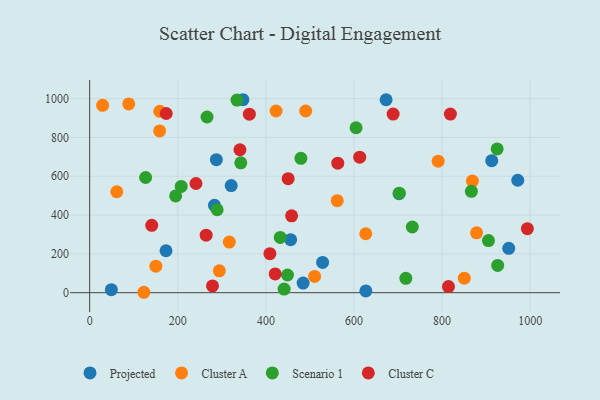
{"axis": {"x": "Experience", "y": "Profit"}, "legend": ["Cluster A", "Cluster C", "Projected", "Scenario 1"], "data": [{"x": "528.8", "y": 156.2, "type": "Projected"}, {"x": "347.8", "y": 994.4, "type": "Projected"}, {"x": "321.3", "y": 551.9, "type": "Projected"}, {"x": "672.9", "y": 994.2, "type": "Projected"}, {"x": "626.9", "y": 8.9, "type": "Projected"}, {"x": "456.1", "y": 273.4, "type": "Projected"}, {"x": "912.7", "y": 680.3, "type": "Projected"}, {"x": "287.6", "y": 685.3, "type": "Projected"}, {"x": "173.3", "y": 216.3, "type": "Projected"}, {"x": "971.8", "y": 579.4, "type": "Projected"}, {"x": "49.2", "y": 15.5, "type": "Projected"}, {"x": "702.3", "y": 510.2, "type": "Projected"}, {"x": "484.5", "y": 49.8, "type": "Projected"}, {"x": "283.2", "y": 450.4, "type": "Projected"}, {"x": "951.3", "y": 228.8, "type": "Projected"}, {"x": "490.4", "y": 936.3, "type": "Cluster A"}, {"x": "123.0", "y": 2.2, "type": "Cluster A"}, {"x": "626.7", "y": 303.8, "type": "Cluster A"}, {"x": "510.6", "y": 84.1, "type": "Cluster A"}, {"x": "61.5", "y": 520.2, "type": "Cluster A"}, {"x": "878.3", "y": 308.4, "type": "Cluster A"}, {"x": "159.1", "y": 934.4, "type": "Cluster A"}, {"x": "29.4", "y": 965.4, "type": "Cluster A"}, {"x": "88.7", "y": 972.6, "type": "Cluster A"}, {"x": "868.8", "y": 575.1, "type": "Cluster A"}, {"x": "791.1", "y": 677.8, "type": "Cluster A"}, {"x": "317.0", "y": 261.0, "type": "Cluster A"}, {"x": "562.0", "y": 474.1, "type": "Cluster A"}, {"x": "294.3", "y": 112.7, "type": "Cluster A"}, {"x": "158.8", "y": 833.6, "type": "Cluster A"}, {"x": "423.1", "y": 936.3, "type": "Cluster A"}, {"x": "850.4", "y": 74.6, "type": "Cluster A"}, {"x": "150.3", "y": 136.7, "type": "Cluster A"}, {"x": "195.1", "y": 498.5, "type": "Scenario 1"}, {"x": "866.5", "y": 522.3, "type": "Scenario 1"}, {"x": "732.4", "y": 338.6, "type": "Scenario 1"}, {"x": "925.0", "y": 741.0, "type": "Scenario 1"}, {"x": "717.7", "y": 74.3, "type": "Scenario 1"}, {"x": "432.6", "y": 284.8, "type": "Scenario 1"}, {"x": "334.4", "y": 992.5, "type": "Scenario 1"}, {"x": "604.7", "y": 850.1, "type": "Scenario 1"}, {"x": "441.4", "y": 18.6, "type": "Scenario 1"}, {"x": "926.2", "y": 140.7, "type": "Scenario 1"}, {"x": "127.0", "y": 593.6, "type": "Scenario 1"}, {"x": "702.9", "y": 513.1, "type": "Scenario 1"}, {"x": "343.0", "y": 669.1, "type": "Scenario 1"}, {"x": "905.3", "y": 268.7, "type": "Scenario 1"}, {"x": "266.4", "y": 905.5, "type": "Scenario 1"}, {"x": "207.8", "y": 547.4, "type": "Scenario 1"}, {"x": "479.5", "y": 692.2, "type": "Scenario 1"}, {"x": "289.4", "y": 427.4, "type": "Scenario 1"}, {"x": "449.1", "y": 91.1, "type": "Scenario 1"}, {"x": "613.0", "y": 698.6, "type": "Cluster C"}, {"x": "814.5", "y": 31.6, "type": "Cluster C"}, {"x": "264.4", "y": 296.2, "type": "Cluster C"}, {"x": "409.1", "y": 201.2, "type": "Cluster C"}, {"x": "458.4", "y": 395.9, "type": "Cluster C"}, {"x": "450.6", "y": 587.7, "type": "Cluster C"}, {"x": "140.9", "y": 347.3, "type": "Cluster C"}, {"x": "688.9", "y": 920.2, "type": "Cluster C"}, {"x": "173.8", "y": 923.3, "type": "Cluster C"}, {"x": "341.1", "y": 736.5, "type": "Cluster C"}, {"x": "421.1", "y": 96.7, "type": "Cluster C"}, {"x": "362.5", "y": 919.9, "type": "Cluster C"}, {"x": "563.2", "y": 667.7, "type": "Cluster C"}, {"x": "818.8", "y": 920.4, "type": "Cluster C"}, {"x": "278.8", "y": 34.8, "type": "Cluster C"}, {"x": "241.3", "y": 562.6, "type": "Cluster C"}, {"x": "993.6", "y": 329.7, "type": "Cluster C"}]}